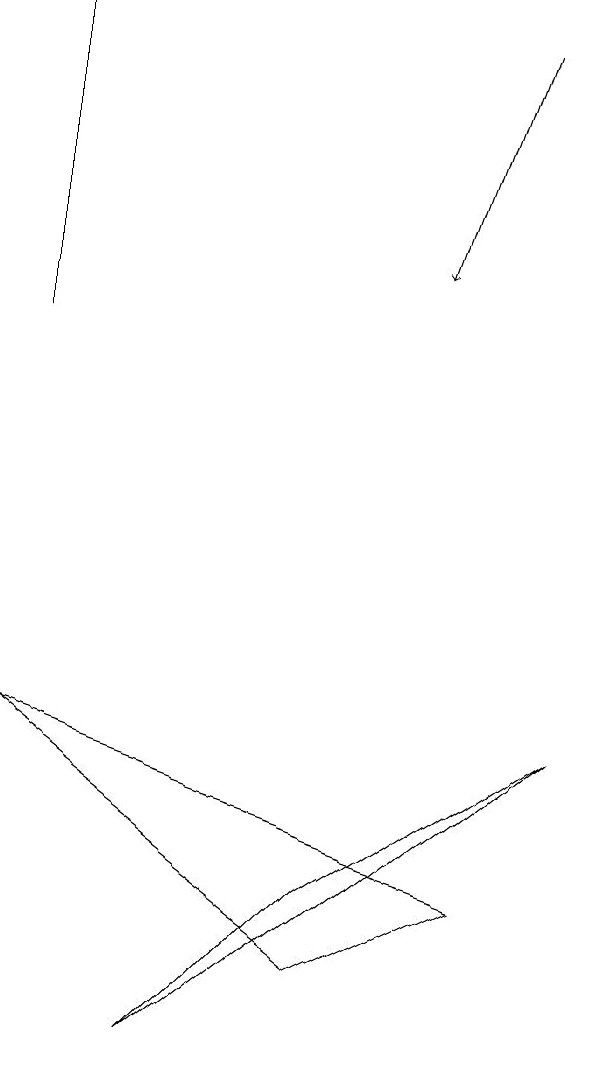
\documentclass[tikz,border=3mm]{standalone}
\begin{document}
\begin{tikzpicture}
\draw (0,7) -- (6,5) -- (4,4) -- cycle;
\draw[->] (6,16) -- (5,13);
\draw (0,12) rectangle (0,16);
\draw (2,3) -- (4,5) -- (7,7) -- cycle;
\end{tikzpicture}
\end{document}